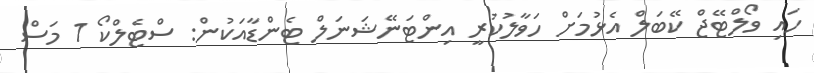
ހައި ވޯލްޓޭޖް ކޭބަލް އެޅުމަށް ހަވާލުކުރީ އިންޓަނޭޝަނަލް ޓެންޑާއަކުން: ސްޓެލްކޯ 1 މަސް